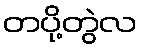
တပို့တွဲလ